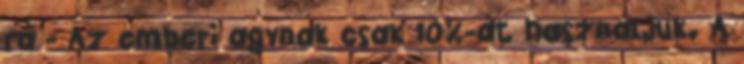
rá - Az emberi agynak csak 10%-át használjuk. A